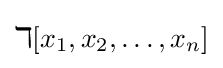
\mathbb {k} [x_{1},x_{2},\ldots ,x_{n}]